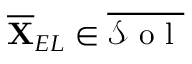
\overline { { \mathbf { X } } } _ { E L } \in \overline { { \mathcal { S } \mathrm { ~ o ~ l ~ } } }